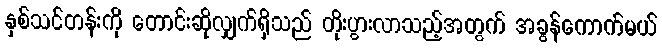
နှစ်သင်တန်းကို တောင်းဆိုလျှက်ရှိသည် တိုးပွားလာသည့်အတွက် အခွန်ကောက်မယ်